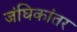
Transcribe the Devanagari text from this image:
जंघिकांतर